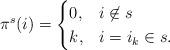
LaTeX: \begin{align*} \pi^s(i) = \begin{cases} 0, & i \not\in s\\ k, & i = i_k \in s. \end{cases} \end{align*}